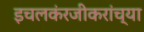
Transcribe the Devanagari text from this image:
इचलकंरजीकरांच्या